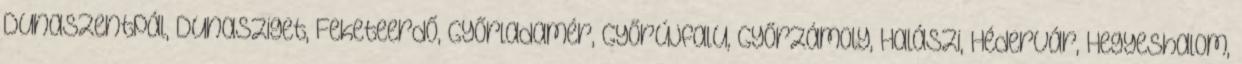
Dunaszentpál, Dunasziget, Feketeerdő, Győrladamér, Győrújfalu, Győrzámoly, Halászi, Hédervár, Hegyeshalom,